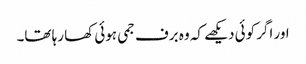
اور اگر کوئی دیکھے کہ وہ برف جمی ہوئی کھا رہا تھا۔